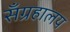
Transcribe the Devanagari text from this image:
सँग्रहालय